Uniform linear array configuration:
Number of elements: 24
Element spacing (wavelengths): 0.75
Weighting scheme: kaiser
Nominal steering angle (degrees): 15
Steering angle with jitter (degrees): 15.563
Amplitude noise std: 0.05
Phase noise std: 0.05

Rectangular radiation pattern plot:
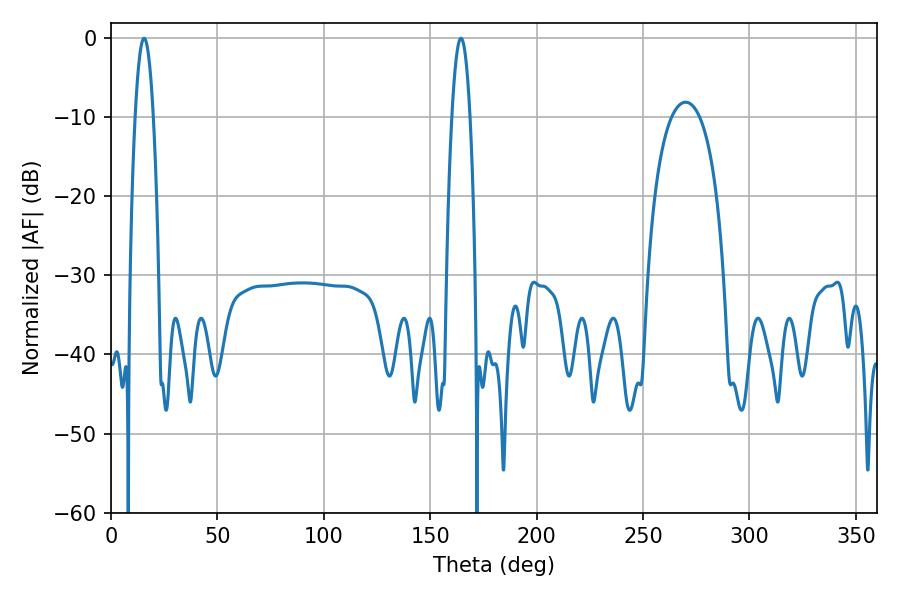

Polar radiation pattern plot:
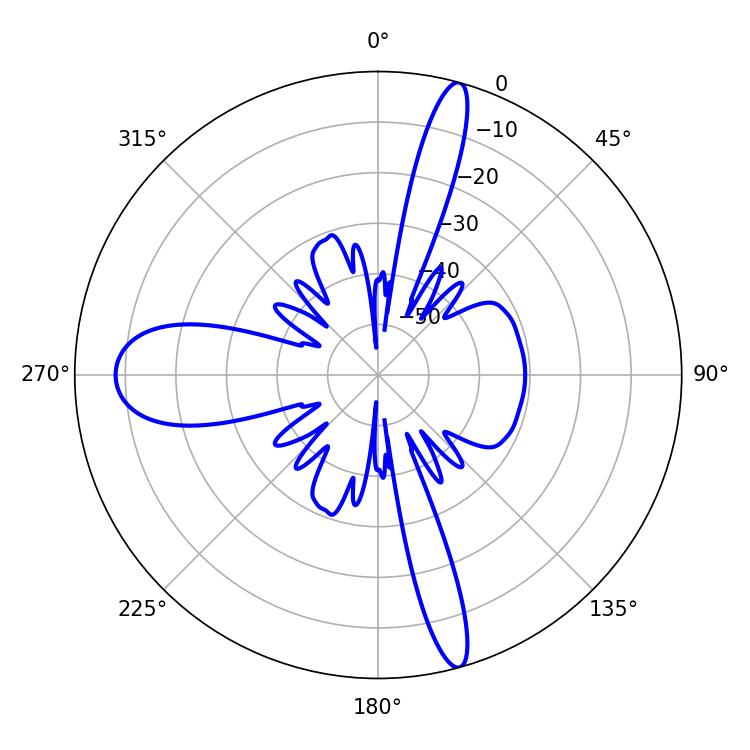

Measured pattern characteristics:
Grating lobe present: TRUE
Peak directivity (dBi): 27.778
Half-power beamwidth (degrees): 4.68
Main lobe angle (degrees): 15.48